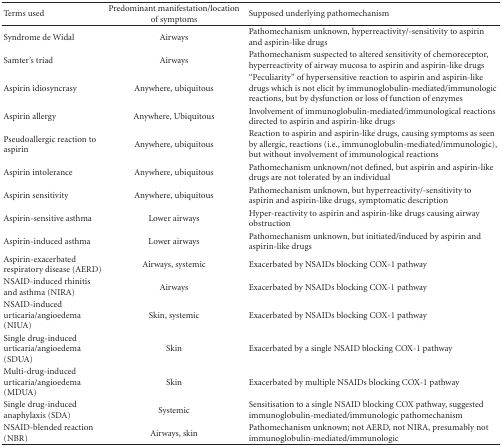
<table><thead><tr><td><b>Terms used</b></td><td><b>Predominant manifestation/location of symptoms</b></td><td><b>Supposed underlying pathomechanism</b></td></tr></thead><tbody><tr><td>Syndrome de Widal</td><td>Airways</td><td>Pathomechanism unknown, hyperreactivity/-sensitivity to aspirin and aspirin-like drugs</td></tr><tr><td>Samter&#x27;s triad</td><td>Airways</td><td>Pathomechanism suspected to altered sensitivity of chemoreceptor, hyperreactivity of airway mucosa to aspirin and aspirin-like drugs</td></tr><tr><td>Aspirin idiosyncrasy</td><td>Anywhere, ubiquitous</td><td>“Peculiarity” of hypersensitive reaction to aspirin and aspirin-like drugs which is not elicit by immunoglobulin-mediated/immunologic reactions, but by dysfunction or loss of function of enzymes</td></tr><tr><td>Aspirin allergy</td><td>Anywhere, Ubiquitous</td><td>Involvement of immunoglobulin-mediated/immunological reactions directed to aspirin and aspirin-like drugs</td></tr><tr><td>Pseudoallergic reaction to aspirin</td><td>Anywhere, ubiquitous</td><td>Reaction to aspirin and aspirin-like drugs, causing symptoms as seen by allergic, reactions (i.e., immunoglobulin-mediated/immunologic), but without involvement of immunological reactions</td></tr><tr><td>Aspirin intolerance</td><td>Anywhere, ubiquitous</td><td>Pathomechanism unknown/not defined, but aspirin and aspirin-like drugs are not tolerated by an individual</td></tr><tr><td>Aspirin sensitivity</td><td>Anywhere, ubiquitous</td><td>Pathomechanism unknown, but hyperreactivity/-sensitivity to aspirin and aspirin-like drugs, symptomatic description</td></tr><tr><td>Aspirin-sensitive asthma</td><td>Lower airways</td><td>Hyper-reactivity to aspirin and aspirin-like drugs causing airway obstruction</td></tr><tr><td>Aspirin-induced asthma</td><td>Lower airways</td><td>Pathomechanism unknown, but initiated/induced by aspirin and aspirin-like drugs</td></tr><tr><td>Aspirin-exacerbated respiratory disease (AERD)</td><td>Airways, systemic</td><td>Exacerbated by NSAIDs blocking COX-1 pathway</td></tr><tr><td>NSAID-induced rhinitis and asthma (NIRA)</td><td>Airways</td><td>Exacerbated by NSAIDs blocking COX-1 pathway</td></tr><tr><td>NSAID-induced urticaria/angioedema (NIUA)</td><td>Skin, systemic</td><td>Exacerbated by NSAIDs blocking COX-1 pathway</td></tr><tr><td>Single drug-induced urticaria/angioedema (SDUA)</td><td>Skin</td><td>Exacerbated by a single NSAID blocking COX-1 pathway</td></tr><tr><td>Multi-drug-induced urticaria/angioedema (MDUA)</td><td>Skin</td><td>Exacerbated by multiple NSAIDs blocking COX-1 pathway</td></tr><tr><td>Single drug-induced anaphylaxis (SDA)</td><td>Systemic</td><td>Sensitisation to a single NSAID blocking COX pathway, suggested immunoglobulin-mediated/immunologic pathomechanism</td></tr><tr><td>NSAID-blended reaction (NBR)</td><td>Airways, skin</td><td>Pathomechanism unknown; not AERD, not NIRA, presumably not immunoglobulin-mediated/immunologic</td></tr></tbody></table>